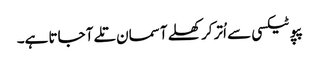
پپو ٹیکسی سے اُتر کر کھلے آسمان تلے آ جاتا ہے۔